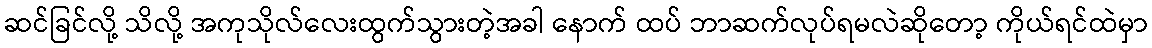
ဆင်ခြင်လို့ သိလို့ အကုသိုလ်လေးထွက်သွားတဲ့အခါ နောက် ထပ် ဘာဆက်လုပ်ရမလဲဆိုတော့ ကိုယ်ရင်ထဲမှာ